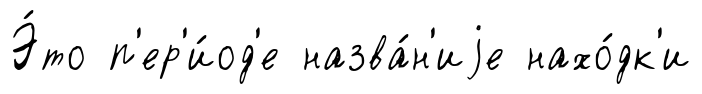
Э́то п'ер'и́од'е назва́н'иjе нахо́дк'и